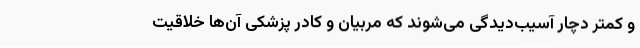
و کمتر دچار آسیب‌دیدگی می‌شوند که مربیان و کادر پزشکی‌ آن‌ها خلاقیت